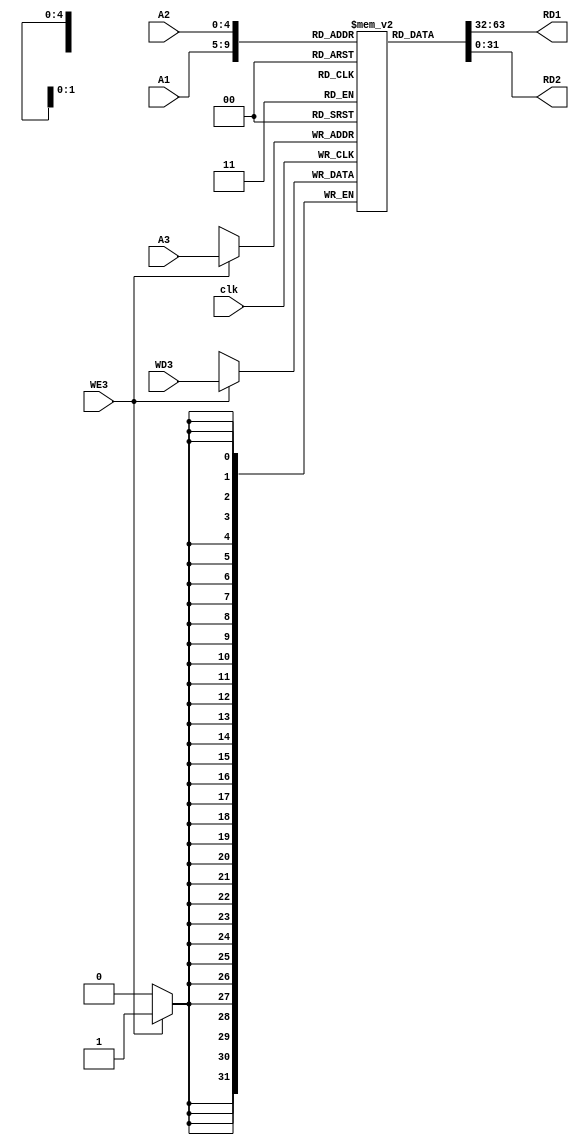
//Triple port register file 
//2 ports to read from, 1 to write to

module reg_file (
    A1, A2, A3, clk, WE3, WD3, RD1, RD2 
);
    input [4:0] A1, A2, A3;
    input clk, WE3;
    input [31:0] WD3;
    output wire [31:0] RD1, RD2;
    /////////////////////////////////////////
    reg [31:0] rf [31:0];
    /////////////////////////////////////////
    initial rf[0] = 32'h0000;
    always @(posedge clk) begin
        if (WE3 == 1'b1)
            rf[A3] <= WD3;
    end
    assign RD1 = rf[A1];
    assign RD2 = rf[A2];
endmodule